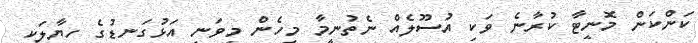
ކަންކަން މޮނީޓާ ކުރާނެ ވަކި އުސޫލެއް ނެތުނީމާ މިހެން މިވަނީ އަޅުގަނޑުގެ ހިޔާލަކީ